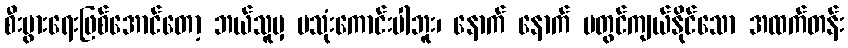
စီးပွားရေးဖြစ်အောင်တော့ ဘယ်သူမှ မသုံးကောင်းပါဘူး၊ နောက် နောက် မတွင်ကျယ်နိုင်သော အထက်တန်း